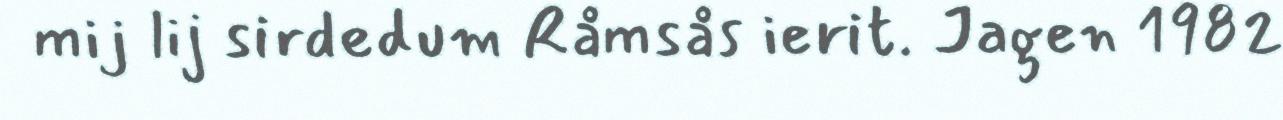
mij lij sirdedum Råmsås ierit. Jagen 1982